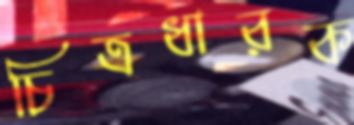
চিত্রধারক